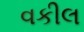
વકીલ